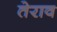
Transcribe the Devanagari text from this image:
तेराव